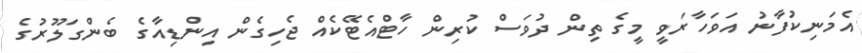
އެމަނިކުފާނު އަވަހާރަވީ މީގެ ތިން ދުވަސް ކުރިން ހާޓްއެޓޭކެއް ޖެހިގެން އިންޑިއާގެ ބެންގަލޫރުގެ